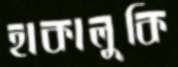
হাকালুকি